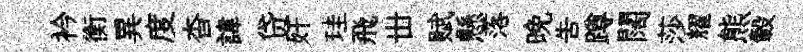
衿衡異度杳諱贷奸珪飛丗赋懸落晩吿蹲闊莎耀熊轂